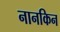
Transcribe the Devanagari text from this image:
नानकिन